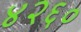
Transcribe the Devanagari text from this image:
४२६०